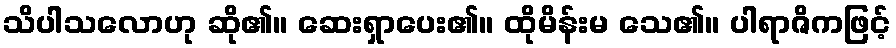
သိပါသလောဟု ဆို၏။ ဆေးရှာပေး၏။ ထိုမိန်းမ သေ၏။ ပါရာဇိကဖြင့်